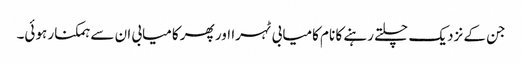
جن کے نزدیک چلتے رہنے کا نام کامیابی ٹہرا اور پھر کامیابی ان سے ہمکنار ہوئی۔